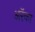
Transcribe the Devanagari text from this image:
अरॅका